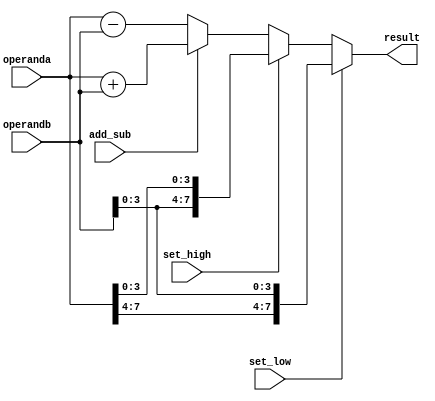
// ************************************* DONE *******************************************
// ************************************ TESTED ******************************************
module alu (input add_sub, set_low, set_high, input [7:0] operanda , operandb, output reg [7:0] result);

always @(add_sub or set_low or set_high)
begin

	if(set_low == 1'b1) result = {operanda[7:4],operandb[3:0]};
	else if (set_high == 1'b1) result = {operandb[3:0], operanda[3:0]};
	else
	begin
		if(add_sub == 1'b1) result = operanda + operandb;
		else result = operanda - operandb;
	end
end

endmodule